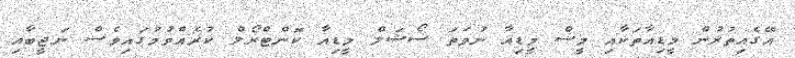
އޭގެއިތުރުންް މީޑިއާތަކާއި މީސް މީޑިއާ ނުވަތަ ސޯޝަލް މީޑިއާ ކޮންޓްރޯލް ކުރެއްވުމުގައިވެސް ނަޖީބާއި